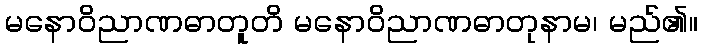
မနောဝိညာဏဓာတူတိ မနောဝိညာဏဓာတုနာမ၊ မည်၏။